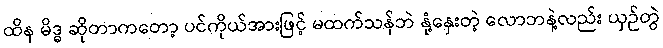
ထိန မိဒ္ဓ ဆိုတာကတော့ ပင်ကိုယ်အားဖြင့် မထက်သန်ဘဲ နုံ့နှေးတဲ့ လောဘနဲ့လည်း ယှဉ်တွဲ